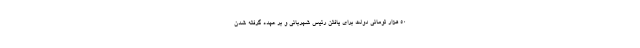
50 هزار تومانی دولت برای یافتن رئیس شهربانی و بر عهده گرفته شدنِ